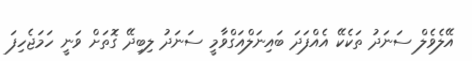
އޭލެވެލް ސަނަދު ތަކެކޭ އެއްފަދަ ބައިނަލްއަގްވާމީ ސަނަދު ލިބިދޭ ގޮތަށް ވަނީ ހަމަޖެހިފަ